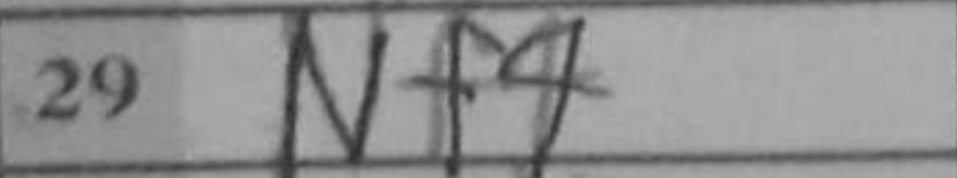
Transcription: Nf4